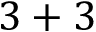
3 + 3